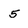
Character: 5